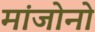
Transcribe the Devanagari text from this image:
मांजोनो